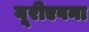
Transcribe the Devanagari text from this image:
यूरीएवना